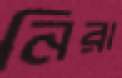
নিরা